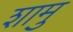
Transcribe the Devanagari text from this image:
शामु